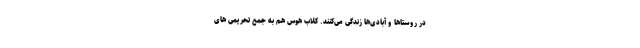
در روستاها و آبادی‌ها زندگی می‌کنند. کلاب هوس هم به جمع تحریمی‌ های